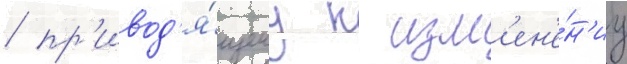
/ пр'ивод'я́щему к изм'ен'е́н'иу